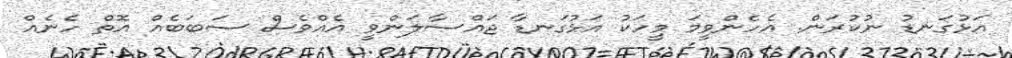
އަޅުގަނޑު ނުކުރަން. އެހެންވީމަ މީހަކު އަޅުގަނޑާ ޖައްސާލަންވީ އެއްވެސް ސަބަބެއް އޮތް ހެނެއް